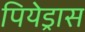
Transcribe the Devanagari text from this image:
पियेड्रास